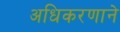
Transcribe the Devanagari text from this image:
अधिकरणाने